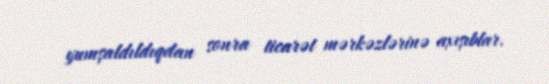
yumşaldıldıqdan sonra ticarət mərkəzlərinə axışıblar.